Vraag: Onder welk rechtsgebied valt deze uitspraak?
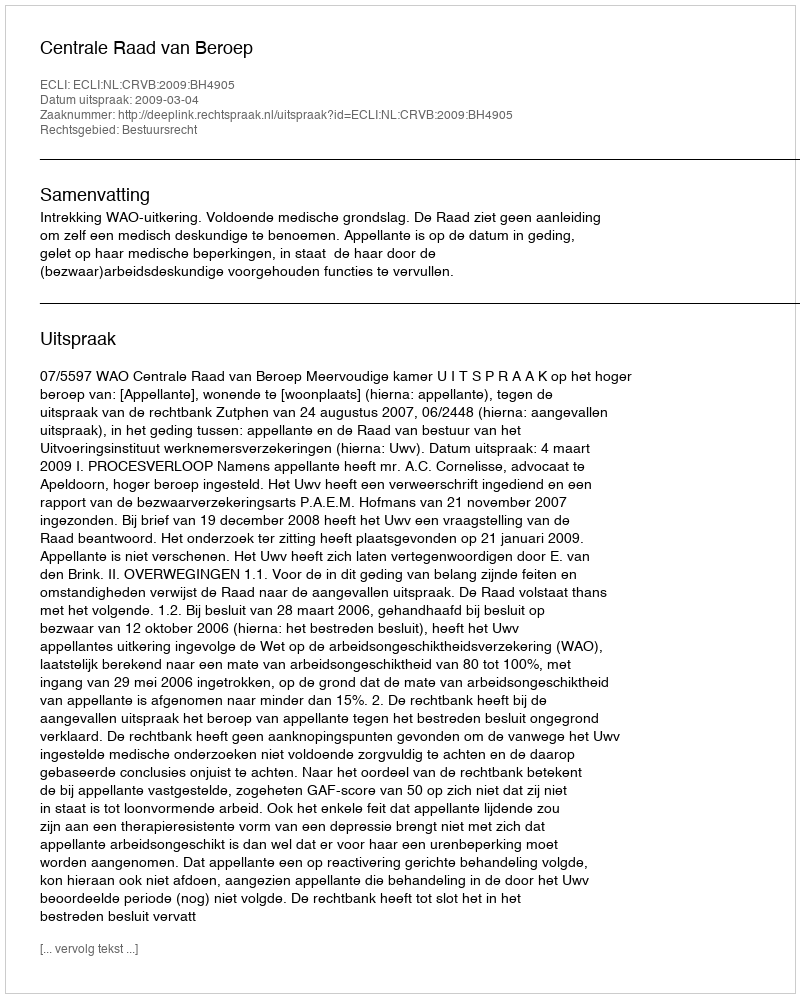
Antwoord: Bestuursrecht